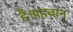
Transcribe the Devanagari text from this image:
है।पहचान